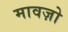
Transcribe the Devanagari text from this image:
मावज़ो